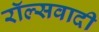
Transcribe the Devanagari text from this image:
रॉल्सवादी